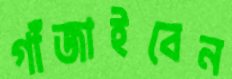
গাঁজাইবেন